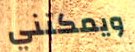
ويمكنني